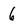
Character: 6